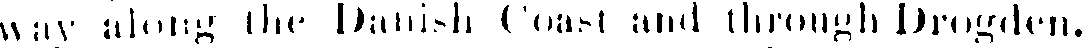
way along the Danish Coast and through Drogden.